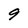
Character: 9